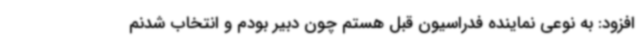
افزود: به نوعی نماینده فدراسیون قبل هستم چون دبیر بودم و انتخاب شدنم